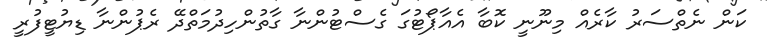
ކަން ނެތްސަރު ކާރެއް މިނޫނީ ކޮބާ އެއާޕޯޓުގަ ގެސްޓުންނާ ގާތުންހިދުމަތްދޭ ރެޕުންނާ ޑިޔުޓީފުރީ